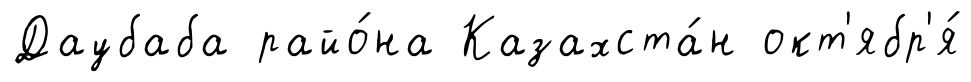
Даубаба райо́на Казахста́н окт'ябр'я́